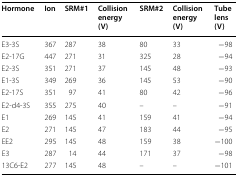
<table><thead><tr><td><b>Hormone</b></td><td><b>Ion</b></td><td><b>SRM#1</b></td><td><b>Collision energy (V)</b></td><td><b>SRM#2</b></td><td><b>Collision energy (V)</b></td><td><b>Tube lens (V)</b></td></tr></thead><tbody><tr><td>E3-3S</td><td>367</td><td>287</td><td>38</td><td>80</td><td>33</td><td>−98</td></tr><tr><td>E2-17G</td><td>447</td><td>271</td><td>31</td><td>325</td><td>28</td><td>−94</td></tr><tr><td>E2-3S</td><td>351</td><td>271</td><td>37</td><td>145</td><td>48</td><td>−93</td></tr><tr><td>E1-3S</td><td>349</td><td>269</td><td>36</td><td>145</td><td>53</td><td>−90</td></tr><tr><td>E2-17S</td><td>351</td><td>97</td><td>41</td><td>80</td><td>42</td><td>−96</td></tr><tr><td>E2-d4-3S</td><td>355</td><td>275</td><td>40</td><td>–</td><td>–</td><td>−91</td></tr><tr><td>E1</td><td>269</td><td>145</td><td>41</td><td>159</td><td>41</td><td>−94</td></tr><tr><td>E2</td><td>271</td><td>145</td><td>47</td><td>183</td><td>44</td><td>−95</td></tr><tr><td>EE2</td><td>295</td><td>145</td><td>48</td><td>159</td><td>38</td><td>−100</td></tr><tr><td>E3</td><td>287</td><td>14</td><td>44</td><td>171</td><td>37</td><td>−98</td></tr><tr><td>13C6-E2</td><td>277</td><td>145</td><td>48</td><td>–</td><td>–</td><td>−101</td></tr></tbody></table>